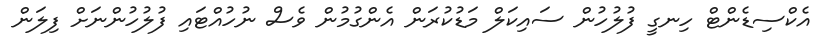
އެކްސިޑެންޓް ހިނގީ ފުލުހުން ސައިކަލް މަޑުކުރަން އެންގުމުން ވެސް ނުހުއްޓައި ފުލުހުންނަށް ފިލަން